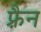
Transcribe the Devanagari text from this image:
फ़्रैन